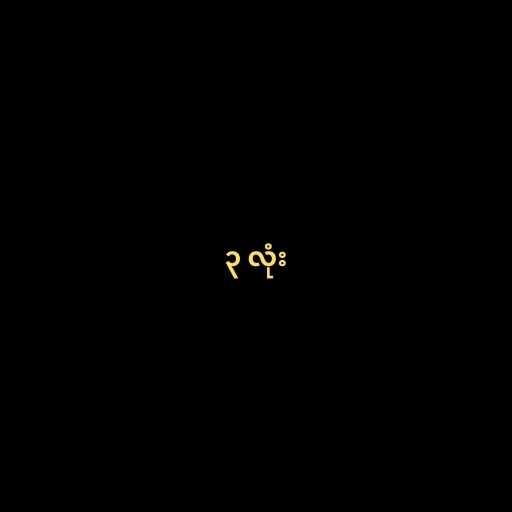
၃ လုံး